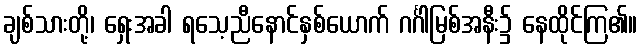
ချစ်သားတို့၊ ရှေးအခါ ရသေ့ညီနောင်နှစ်ယောက် ဂင်္ဂါမြစ်အနီး၌ နေထိုင်ကြ၏။